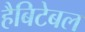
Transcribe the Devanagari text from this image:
हैबिटेबल